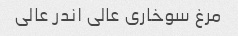
مرغ سوخاری عالی اندر عالی